Vaccination in Burma 1912-1922 - 1912-1922
Year: 1912
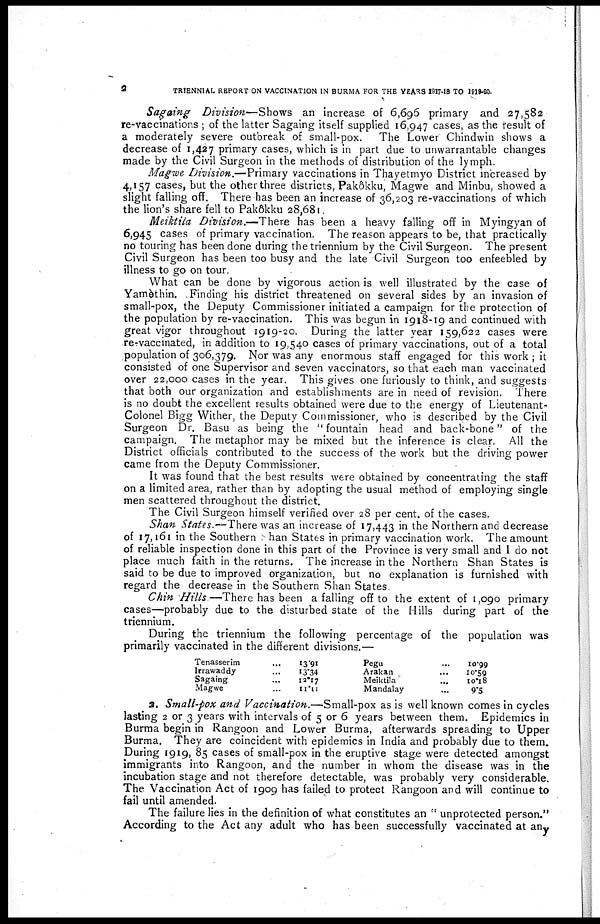
2
TRIENNIAL REPORT ON VACCINATION IN BURMA FOR THE YEARS 1917-18 TO 1919-20.
Sagaing Division—Shows an increase of 6,696 primary and 27,582
re-vaccinations ; of the latter Sagaing itself supplied 16,947 cases, as the result of
a moderately severe outbreak of small-pox. The Lower Chindwin shows a
decrease of 1,427 primary cases, which is in part due to unwarrantable changes
made by the Civil Surgeon in the methods of distribution of the lymph.
Magwe Division.—Primary vaccinations in Thayetmyo District increased by
4,157 cases, but the other three districts, Pakôkku, Magwe and Minbu, showed a
slight falling off. There has been an increase of 36,203 re-vaccinations of which
the lion's share fell to Pakôkku 28,681.
Meiktila Division.—There has been a heavy falling off in Myingyan of
6,945 cases of primary vaccination. The reason appears to be, that practically
no touring has been done during the triennium by the Civil Surgeon. The present
Civil Surgeon has been too busy and the late Civil Surgeon too enfeebled by
illness to go on tour.
What can be done by vigorous action is well illustrated by the case of
Yamèthin. Finding his district threatened on several sides by an invasion of
small-pox, the Deputy Commissioner initiated a campaign for the protection of
the population by re-vaccination. This was begun in 1918-19 and continued with
great vigor throughout 1919-20. During the latter year 159,622 cases were
re-vaccinated, in addition to 19,540 cases of primary vaccinations, out of a total
population of 306,379. Nor was any enormous staff engaged for this work ; it
consisted of one Supervisor and seven vaccinators, so that each man vaccinated
over 22,000 cases in the year. This gives one furiously to think, and suggests
that both our organization and establishments are in need of revision. There
is no doubt the excellent results obtained were due to the energy of Lieutenant-
Colonel Bigg Wither, the Deputy Commissioner, who is described by the Civil
Surgeon Dr. Basu as being the " fountain head and back-bone" of the
campaign. The metaphor may be mixed but the inference is clear. All the
District officials contributed to the success of the work but the driving power
came from the Deputy Commissioner.
It was found that the best results were obtained by concentrating the staff
on a limited area, rather than by adopting the usual method of employing single
men scattered throughout the district.
The Civil Surgeon himself verified over 28 per cent. of the cases.
Shan States.—There was an increase of 17,443 in the Northern and decrease
of 17,161 in the Southern Shan States in primary vaccination work. The amount
of reliable inspection done in this part of the Province is very small and I do not
place much faith in the returns. The increase in the Northern Shan States is
said to be due to improved organization, but no explanation is furnished with
regard the decrease in the Southern Shan States.
Chin Hills—There has been a falling off to the extent of 1,090 primary
cases—probably due to the disturbed state of the Hills during part of the
triennium.
During the triennium the following percentage of the population was
primarily vaccinated in the different divisions.—
Tenasserim... ... ...
Irrawaddy... ... ...
Sagaing... ... ...
Magwe... ... ...
13.91
13.34
12.17
11.11
Pegu... ... ...
Arakan... ... ...
Meiktila... ... ...
Mandalay... ... ...
10.99
10.59
10.18
9.5
2. Small-pox and Vaccination.—Small-pox as is well known comes in cycles
lasting 2 or 3 years with intervals of 5 or 6 years between them. Epidemics in
Burma begin in Rangoon and Lower Burma, afterwards spreading to Upper
Burma. They are coincident with epidemics in India and probably due to them.
During 1919, 85 cases of small-pox in the eruptive stage were detected amongst
immigrants into Rangoon, and the number in whom the disease was in the
incubation stage and not therefore detectable, was probably very considerable.
The Vaccination Act of 1909 has failed to protect Rangoon and will continue to
fail until amended.
The failure lies in the definition of what constitutes an " unprotected person."
According to the Act any adult who has been successfully vaccinated at any